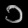
Digit: ၁